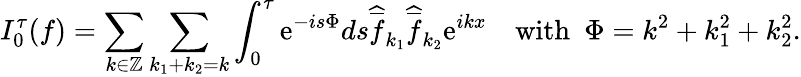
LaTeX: I_{0}^{\tau}(f)=\sum_{k\in\mathbb{Z}}\sum_{k_{1}+k_{2}=k}\int_{0}^{\tau}\mathrm{e}^{-is\Phi}ds\widehat{\overline{{f}}}_{k_{1}}\widehat{\overline{{f}}}_{k_{2}}\mathrm{e}^{ikx}\quad\mathrm{with}\ \ \Phi=k^{2}+k_{1}^{2}+k_{2}^{2}.